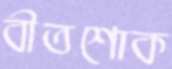
বীতশোক